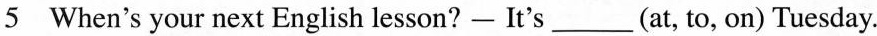
5 When's your next English lesson?- It's___(at,to, on) Tuesday.